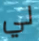
لي